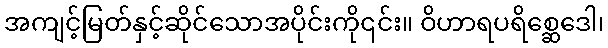
အကျင့်မြတ်နှင့်ဆိုင်သောအပိုင်းကို၎င်း။ ဝိဟာရပရိစ္ဆေဒေါ၊